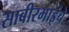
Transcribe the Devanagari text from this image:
साबीरभाईंचे